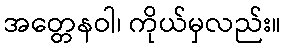
အတ္တေနဝါ၊ ကိုယ်မှလည်း။